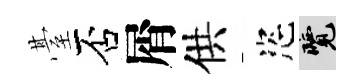
䑓否屑供恣覽